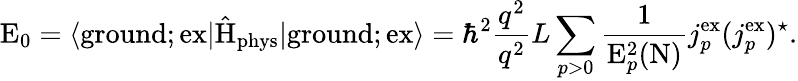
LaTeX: \mathrm{E}_{0}=\langle\mathrm{ground};\mathrm{ex}|\hat{\mathrm{H}}_{\mathrm{phys}}|\mathrm{ground};\mathrm{ex}\rangle={\hbar}^{2}\frac{q^{2}}{q^{2}}{L}\sum_{p>0}\frac{1}{\mathrm{E}_{p}^{2}(\mathrm{N})}j_{p}^{\mathrm{ex}}(j_{p}^{\mathrm{ex}})^{\star}.